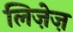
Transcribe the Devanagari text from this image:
लिज़ेज़